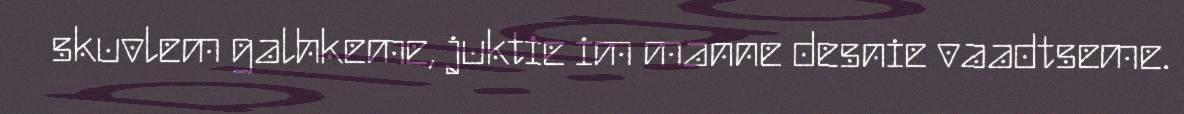
skuvlem galhkeme, juktie im manne desnie vaadtseme.